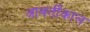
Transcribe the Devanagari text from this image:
आवर्तीकाल